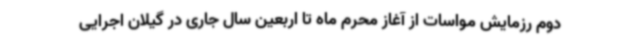
دوم رزمایش مواسات از آغاز محرم ماه تا اربعین سال جاری در گیلان اجرایی